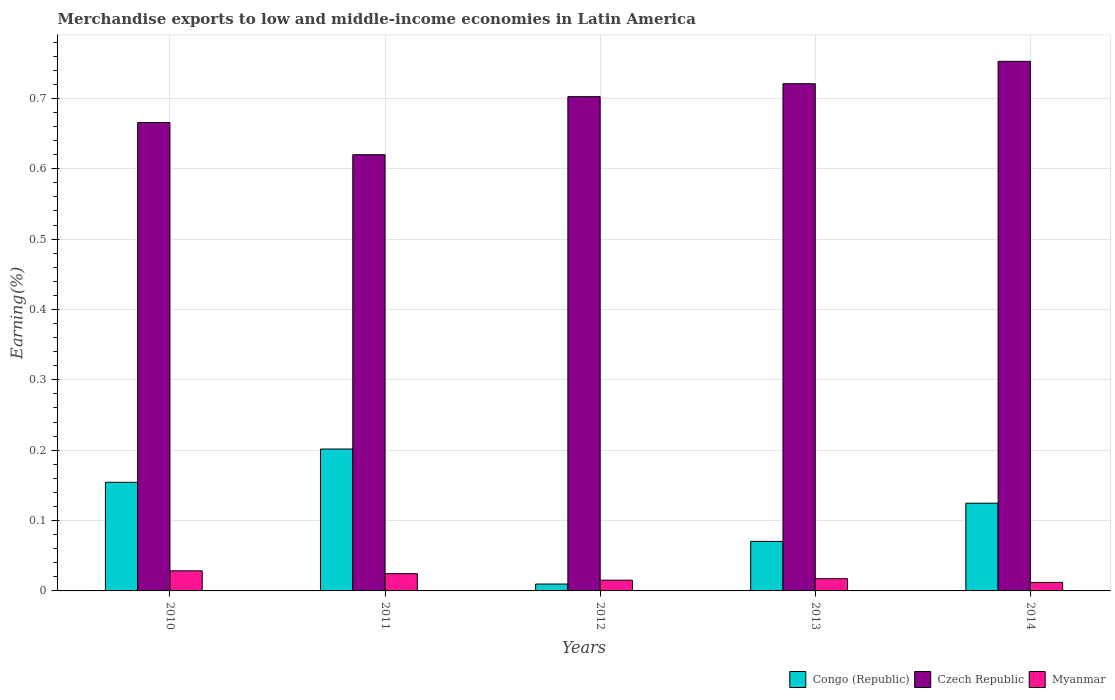
| Years | Congo (Republic) | Czech Republic | Myanmar |
 | --- | --- | --- | --- |
 | 2010 | 0.154 | 0.666 | 0.0286 |
 | 2011 | 0.202 | 0.62 | 0.0245 |
 | 2012 | 0.00978 | 0.702 | 0.0153 |
 | 2013 | 0.0704 | 0.721 | 0.0174 |
 | 2014 | 0.125 | 0.753 | 0.0121 |